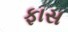
ફાસ